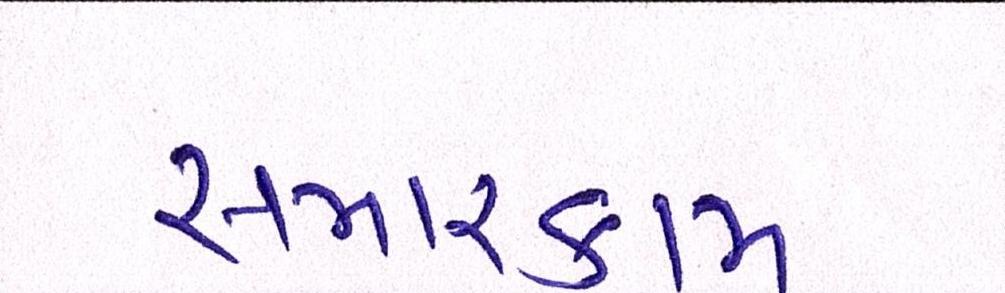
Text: સમારકામ